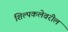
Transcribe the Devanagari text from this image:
शिल्पकलेवरील